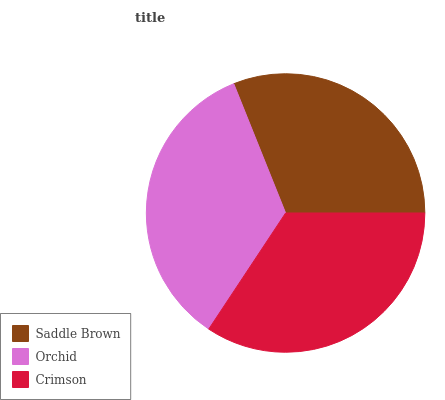
| Saddle Brown | Orchid | Crimson |
 | --- | --- | --- |
 | 31% | 34.7% | 34.3% |